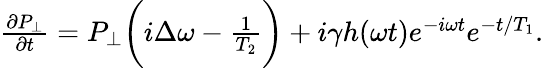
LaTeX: \begin{array}{r}{\frac{\partial P_{\perp}}{\partial t}=P_{\perp}\bigg(i\Delta\omega-\frac{1}{T_{2}}\bigg)+i\gamma h(\omega t)e^{-i\omega t}e^{-t/T_{1}}.}\end{array}